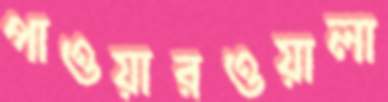
পাওয়ারওয়ালা